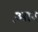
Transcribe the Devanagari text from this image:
आ़र